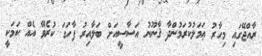
ރާއްޖޭގައި މިހާރު ޢަމަލުކުރަމުންދާ ޤާނޫނު އަސާސީއަށް ބަލާއިރު ފާހަގަ ކުރެވޭ އެއް ކަމަކީ